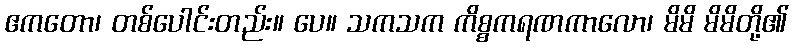
ဧကတော၊ တစ်ပေါင်းတည်း။ ပေ။ သကသက ကိစ္စကရဏကာလော၊ မိမိ မိမိတို့၏